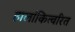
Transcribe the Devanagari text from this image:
हालांकित्वरित